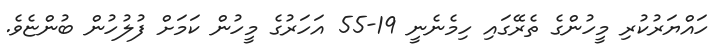
ހައްޔަރުކުރި މީހުންގެ ތެރޭގައި ހިމެެނެނީ 19-55 އަހަރުގެ މީހުން ކަމަށް ފުލުހުން ބުންޏެވެ.